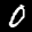
Label: 0